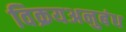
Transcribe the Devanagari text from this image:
विक्रयअनुबंध